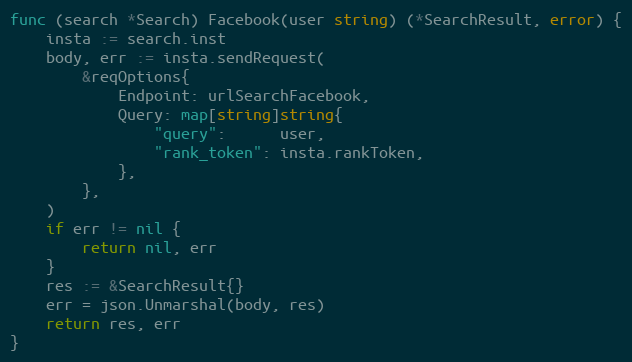
Language: Go
func (search *Search) Facebook(user string) (*SearchResult, error) {
	insta := search.inst
	body, err := insta.sendRequest(
		&reqOptions{
			Endpoint: urlSearchFacebook,
			Query: map[string]string{
				"query":      user,
				"rank_token": insta.rankToken,
			},
		},
	)
	if err != nil {
		return nil, err
	}
	res := &SearchResult{}
	err = json.Unmarshal(body, res)
	return res, err
}